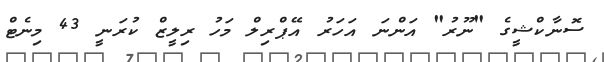
ސޮނާކްޝީގެ "ނޫރު" އަންނަ އަހަރު އޭޕްރިލް މަހު ރިލީޒް ކުރަނީ 43 މިނެޓް